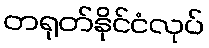
တရုတ်နိုင်ငံလုပ်